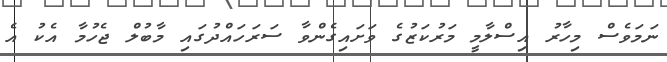
ނަމަވެސް މިހާރު އިސްލާމީ މަރުކަޒުގެ ވަށައިގެންވާ ސަރަހައްދުގައި މާބުލް ޖެހުމާ އެކު އެ